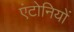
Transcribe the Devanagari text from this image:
एंटोनियों